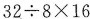
$$32\div8\times16$$